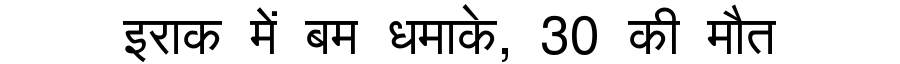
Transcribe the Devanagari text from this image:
इराक में बम धमाके, 30 की मौत